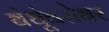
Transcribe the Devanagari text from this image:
बंधूंबरोबर